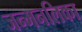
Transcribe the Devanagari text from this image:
जन्मनलिका